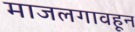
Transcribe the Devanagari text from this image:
माजलगावहून